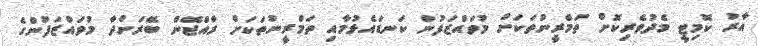
އާރު ކޮމިޓީ މެދުވެރިކޮށް ތަމްރީނުތަކަށް މުވައްޒަފުން ކަނޑައެޅުމާއި ތަމްރީނުތަކަށް ރާއްޖޭން ބޭރަށްދާ މުވައްޒަފުންގެ